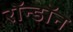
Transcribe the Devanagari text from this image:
रॉन्डॉन